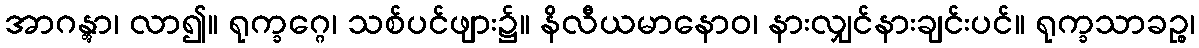
အာဂန္တွာ၊ လာ၍။ ရုက္ခဂ္ဂေ၊ သစ်ပင်ဖျား၌။ နိလီယမာနောဝ၊ နားလျှင်နားချင်းပင်။ ရုက္ခသာခဉ္စ၊